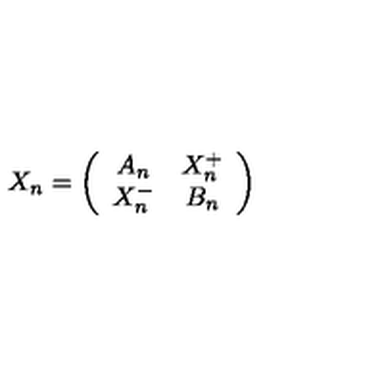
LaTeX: X _ { n } = \left( \begin{array} { c c } { A _ { n } } & { X _ { n } ^ { + } } \\ { X _ { n } ^ { - } } & { B _ { n } } \\ \end{array} \right)